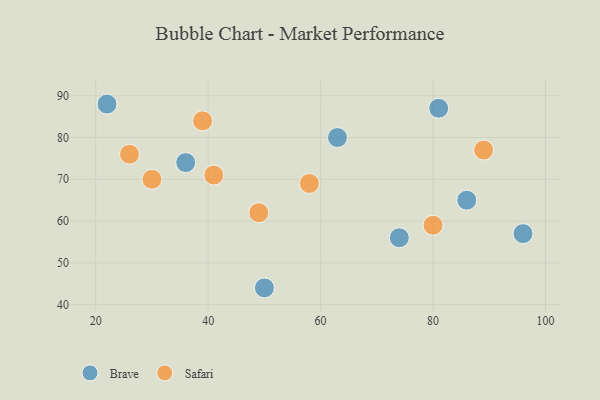
{"axis": {"x": "GDP", "y": "Life Expectancy"}, "legend": ["Brave", "Safari"], "data": [{"x": "81", "y": 87, "type": "Brave"}, {"x": "36", "y": 74, "type": "Brave"}, {"x": "74", "y": 56, "type": "Brave"}, {"x": "63", "y": 80, "type": "Brave"}, {"x": "86", "y": 65, "type": "Brave"}, {"x": "50", "y": 44, "type": "Brave"}, {"x": "22", "y": 88, "type": "Brave"}, {"x": "96", "y": 57, "type": "Brave"}, {"x": "26", "y": 76, "type": "Safari"}, {"x": "41", "y": 71, "type": "Safari"}, {"x": "58", "y": 69, "type": "Safari"}, {"x": "49", "y": 62, "type": "Safari"}, {"x": "39", "y": 84, "type": "Safari"}, {"x": "89", "y": 77, "type": "Safari"}, {"x": "30", "y": 70, "type": "Safari"}, {"x": "80", "y": 59, "type": "Safari"}]}